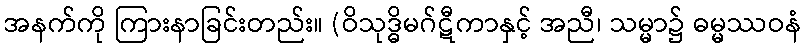
အနက်ကို ကြားနာခြင်းတည်း။ (ဝိသုဒ္ဓိမဂ်ဋီကာနှင့် အညီ၊ သမ္မာ၌ ဓမ္မဿဝနံ